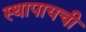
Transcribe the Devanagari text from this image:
स्थापायची